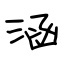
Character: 涵